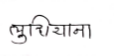
मजकूर: लुधियाना